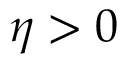
\eta > 0